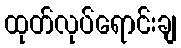
ထုတ်လုပ်ရောင်းချ